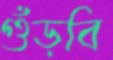
গুঁড়বি